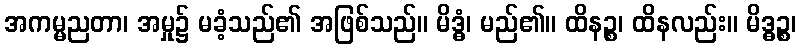
အကမ္မညတာ၊ အမှု၌ မခံ့သည်၏ အဖြစ်သည်။ မိဒ္ဓံ၊ မည်၏။ ထိနဉ္စ၊ ထိနလည်း။ မိဒ္ဓဉ္စ၊